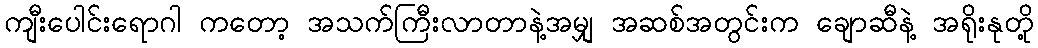
ကျီးပေါင်းရောဂါ ကတော့ အသက်ကြီးလာတာနဲ့အမျှ အဆစ်အတွင်းက ချောဆီနဲ့ အရိုးနုတို့